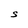
Character: S